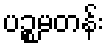
ပဉ္စမတန်း